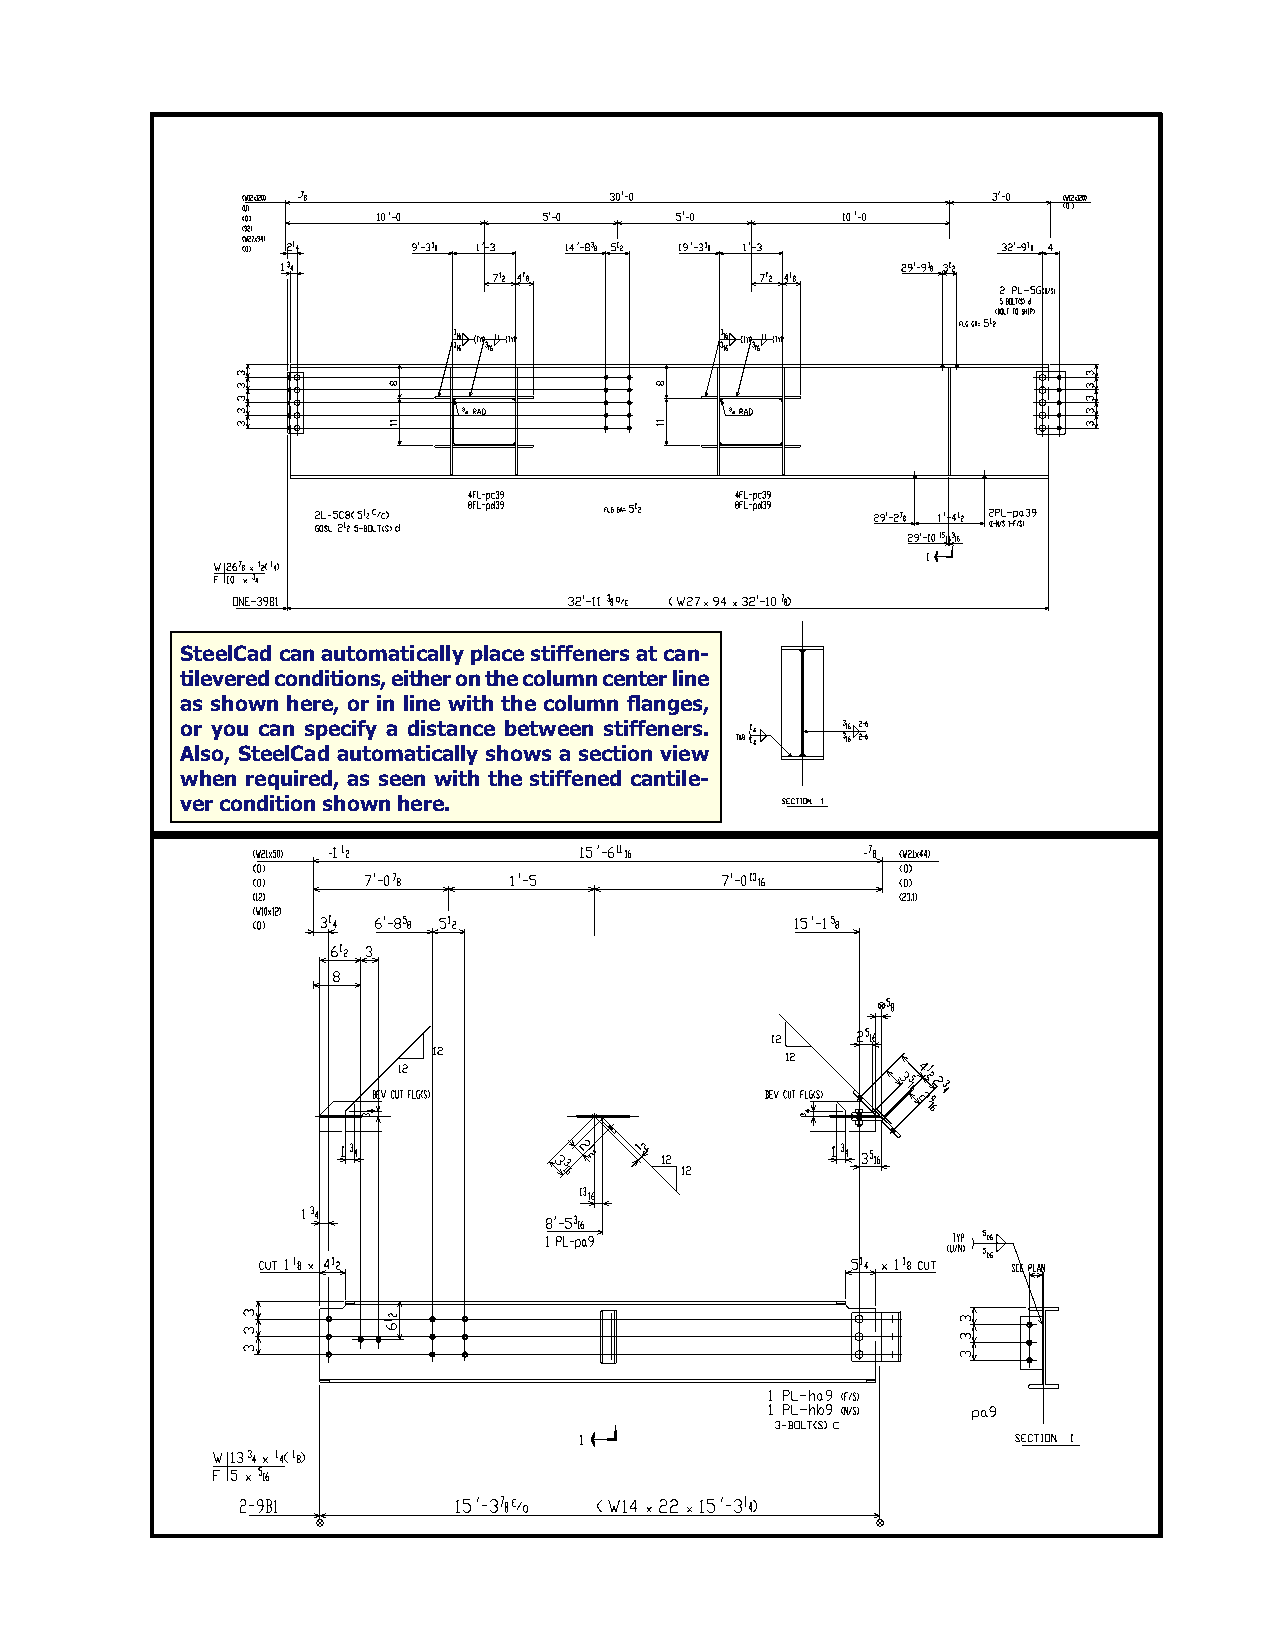
SteelCad can automatically place stiffeners at can-
 tilevered conditions, either on the column center line
 as shown here, or in line with the column flanges,
 or you can specify a distance between stiffeners.
 Also, SteelCad automatically shows a section view
 when required, as seen with the stiffened cantile-
 ver condition shown here.